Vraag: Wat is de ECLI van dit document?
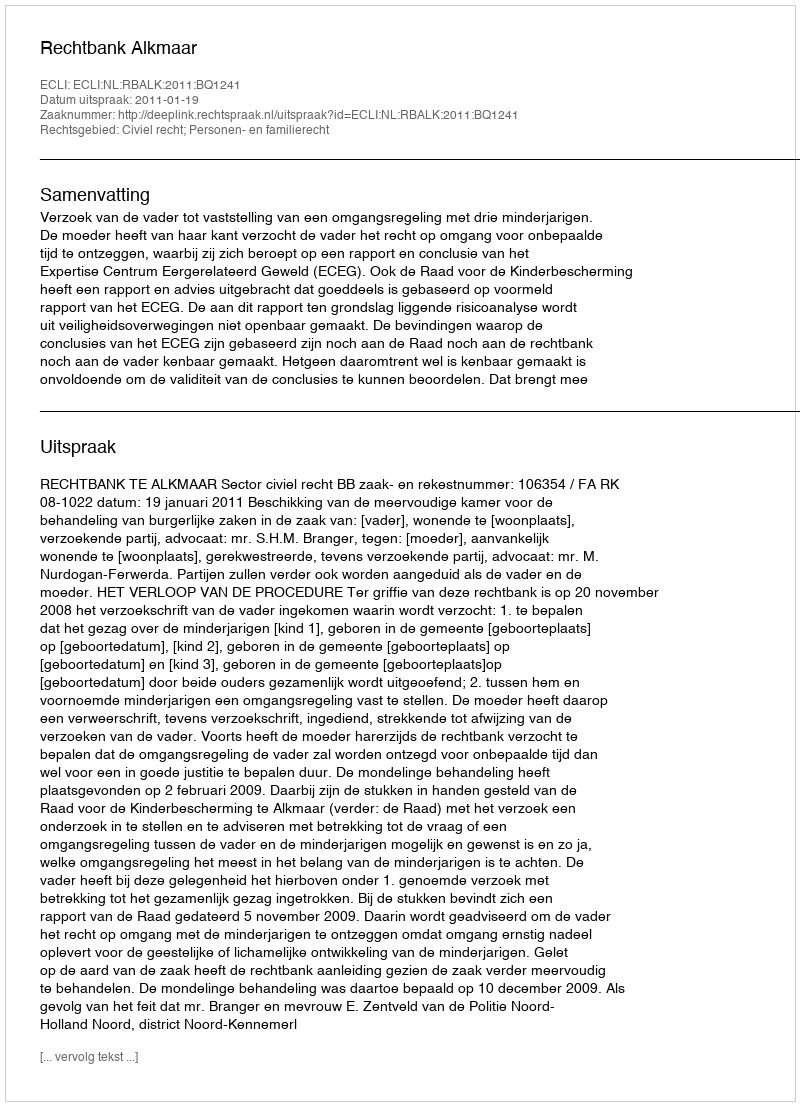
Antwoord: ECLI:NL:RBALK:2011:BQ1241